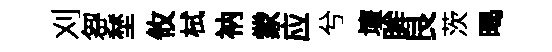
刈芻埜攸栻衲䝉应兮壇眸艮茨暍